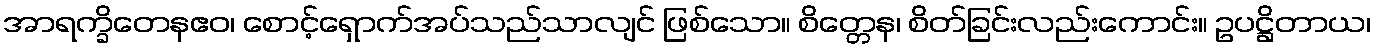
အာရက္ခိတေနဧဝ၊ စောင့်ရှောက်အပ်သည်သာလျင် ဖြစ်သော။ စိတ္တေန၊ စိတ်ခြင်းလည်းကောင်း။ ဥပဋ္ဌိတာယ၊